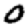
Digit: 0